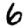
Digit: 6